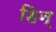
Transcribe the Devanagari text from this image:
हिन्